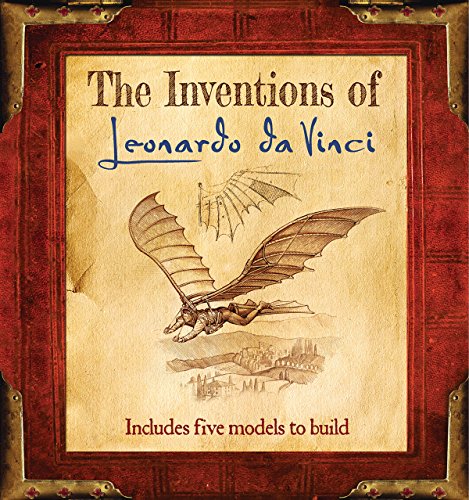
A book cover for The Inventions of Leonardo da Vinci; Jasper Bark; Children's Books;